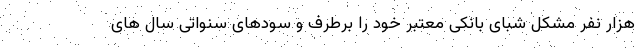
هزار نفر مشکل شبای بانکی معتبر خود را برطرف و سودهای سنواتی سال های